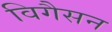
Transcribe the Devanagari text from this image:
विगैसन